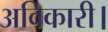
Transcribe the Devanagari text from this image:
अविकारी।